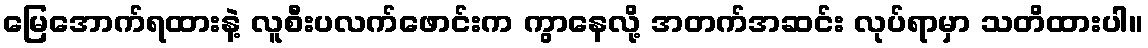
မြေအောက်ရထားနဲ့ လူစီးပလက်ဖောင်းက ကွာနေလို့ အတက်အဆင်း လုပ်ရာမှာ သတိထားပါ။